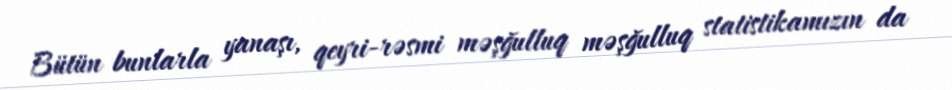
Bütün bunlarla yanaşı, qeyri-rəsmi məşğulluq məşğulluq statistikamızın da